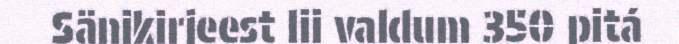
Sänikirjeest lii valdum 350 pitá